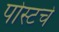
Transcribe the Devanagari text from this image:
पोस्टचे